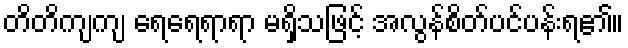
တိတိကျကျ ရေရေရာရာ မရှိသဖြင့် အလွန်စိတ်ပင်ပန်းရ၏။